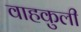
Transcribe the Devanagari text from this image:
वाहकुली